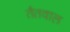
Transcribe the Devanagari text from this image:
तैतवाल